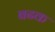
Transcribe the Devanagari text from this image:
बढक